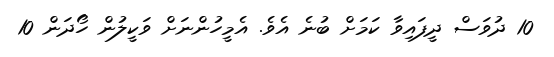
10 ދުވަސް ދީފައިވާ ކަމަށް ބުނެ އެވެ. އެމީހުންނަށް ވަކީލުން ހޯދަން 10